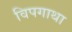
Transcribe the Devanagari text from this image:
विपगाथा